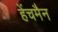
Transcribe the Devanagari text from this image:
हेंचमैन